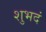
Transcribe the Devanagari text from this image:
शुभदं